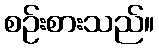
စဉ်းစားသည်။